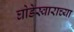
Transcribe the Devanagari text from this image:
घोडेस्वाराच्या